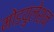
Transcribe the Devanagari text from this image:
मोडयुलेशन